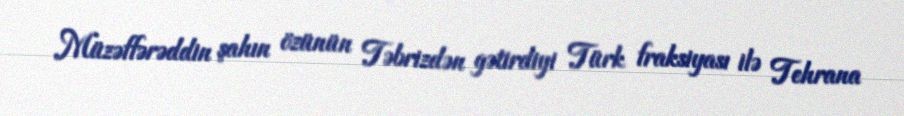
Müzəffərəddin şahın özünün Təbrizdən gətirdiyi Türk fraksiyası ilə Tehrana